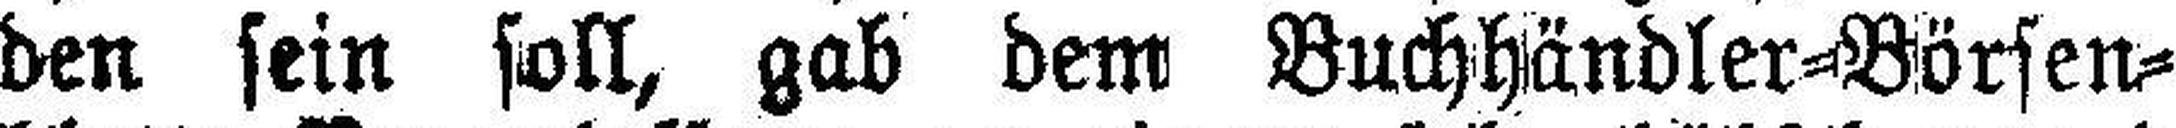
den sein soll, gab dem Buchhändler=Börsen¬